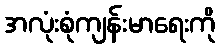
အလုံးစုံကျန်းမာရေးကို